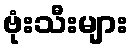
ဗုံးသီးများ